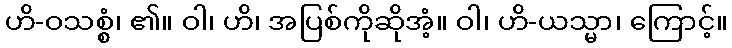
ဟိ-ဝသစ္စံ၊ ၏။ ဝါ၊ ဟိ၊ အပြစ်ကိုဆိုအံ့။ ဝါ၊ ဟိ-ယသ္မာ၊ ကြောင့်။